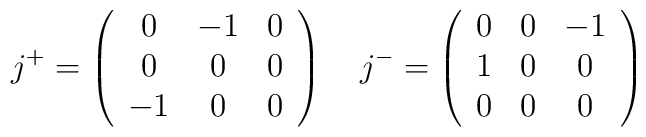
j^+=\left(\begin{array}{ccc}0&-1&0\\0&0&0\\-1&0&0\end{array}\right)~~~j^-=\left(\begin{array}{ccc}0&0&-1\\1&0&0\\0&0&0\end{array}\right)